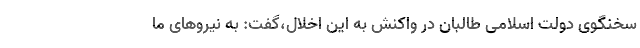
سخنگوی دولت اسلامی طالبان در واکنش به این اخلال،گفت: به نیروهای ما